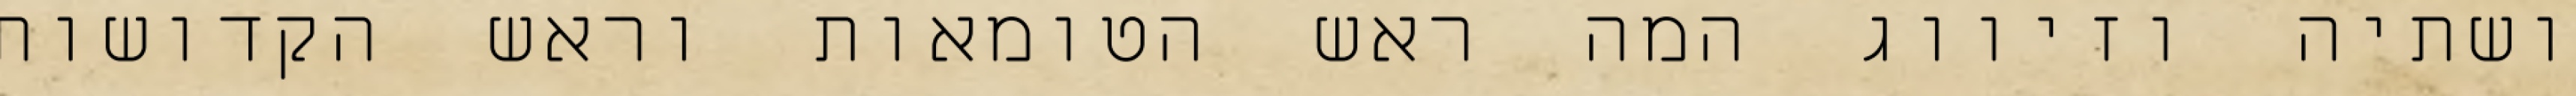
ושתיה וזיווג המה ראש הטומאות וראש הקדושות